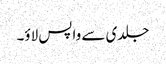
جلدی سے واپس لاؤ۔